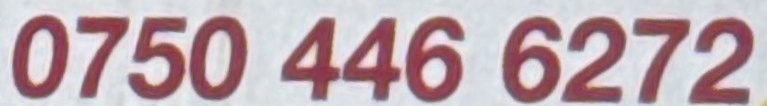
0750 446 6272